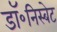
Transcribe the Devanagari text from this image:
डॉ॰निस्बेट